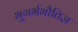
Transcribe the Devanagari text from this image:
भूगर्भभौतिज्ञ